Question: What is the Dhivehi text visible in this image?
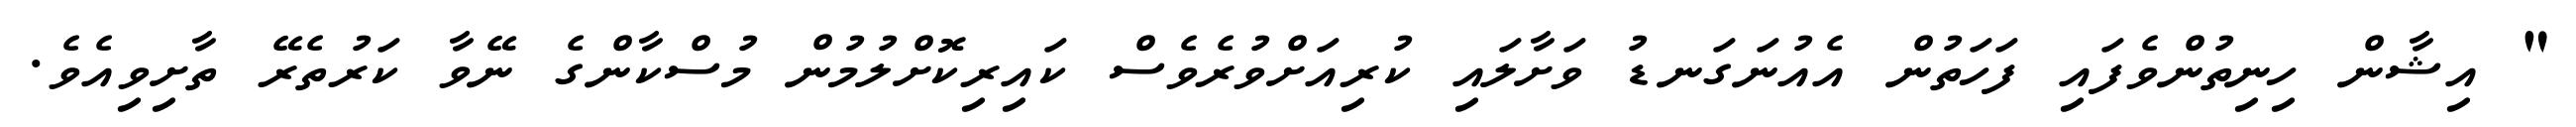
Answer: " އިޝާން ހިނިތުންވެފައި ފަހަތުން އެއުނަގަނޑު ވަށާލައި ކުރިއަށްވުރެވެސް ކައިރިކޮށްލުމުން މުސްކާންގެ ނޭވާ ކަރުތެރޭ ތާށިވިއެވެ.